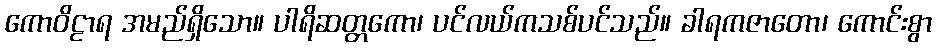
ကောဝိဠာရ အမည်ရှိသော။ ပါရိဆတ္တကော၊ ပင်လယ်ကသစ်ပင်သည်။ ခါရကဇာတော၊ ကောင်းစွာ